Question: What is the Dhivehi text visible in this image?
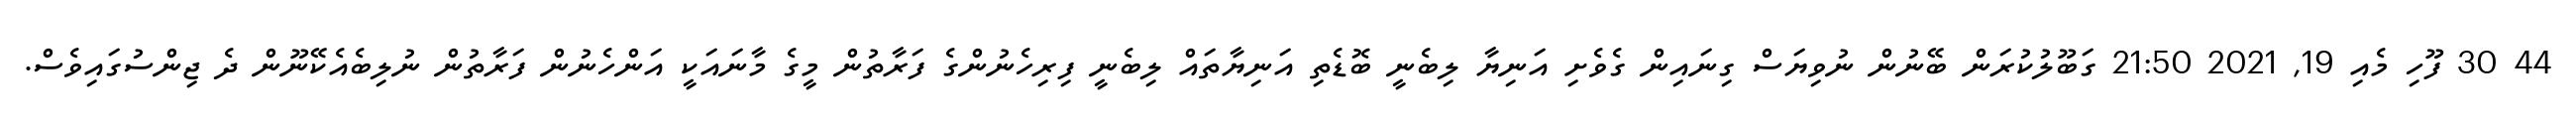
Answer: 44 30 ފޫހި މެއި 19, 2021 21:50 ގަބޫލުކުރަން ބޭނުން ނުވިޔަސް ގިނައިން ގެވެށި އަނިޔާ ލިބެނީ ބޮޑެތި އަނިޔާތައް ލިބެނީ ފިރިހެނުންގެ ފަރާތުން މީގެ މާނައަކީ އަންހެނުން ފަރާތުން ނުލިބެއެކޭނޫން ދެ ޖިންސުގައިވެސް.